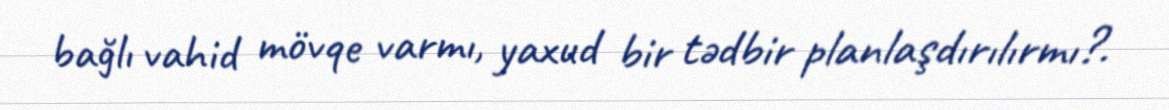
bağlı vahid mövqe varmı, yaxud bir tədbir planlaşdırılırmı?.